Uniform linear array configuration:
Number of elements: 32
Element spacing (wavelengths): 0.75
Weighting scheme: cosine
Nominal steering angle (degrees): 15
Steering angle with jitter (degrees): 16.771
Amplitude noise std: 0.05
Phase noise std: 0.05

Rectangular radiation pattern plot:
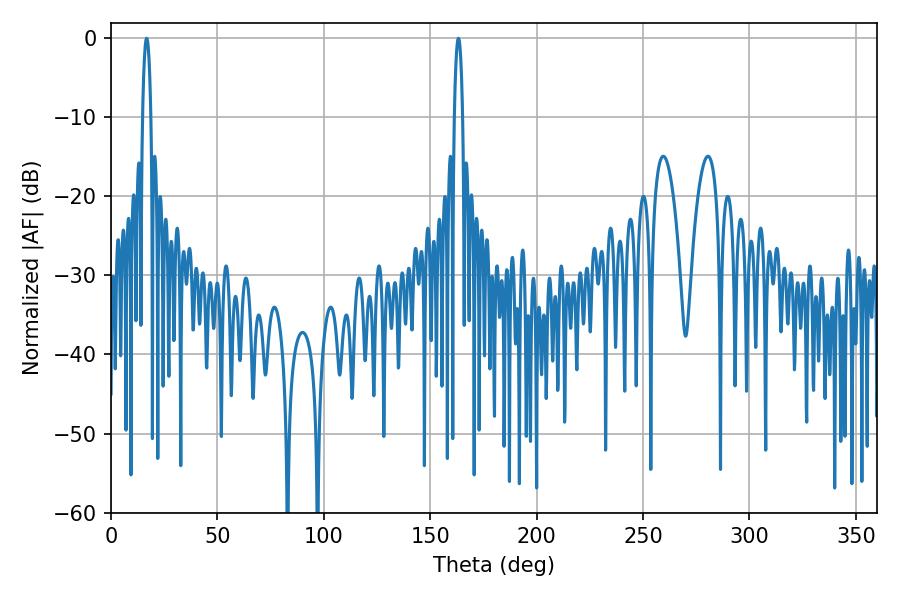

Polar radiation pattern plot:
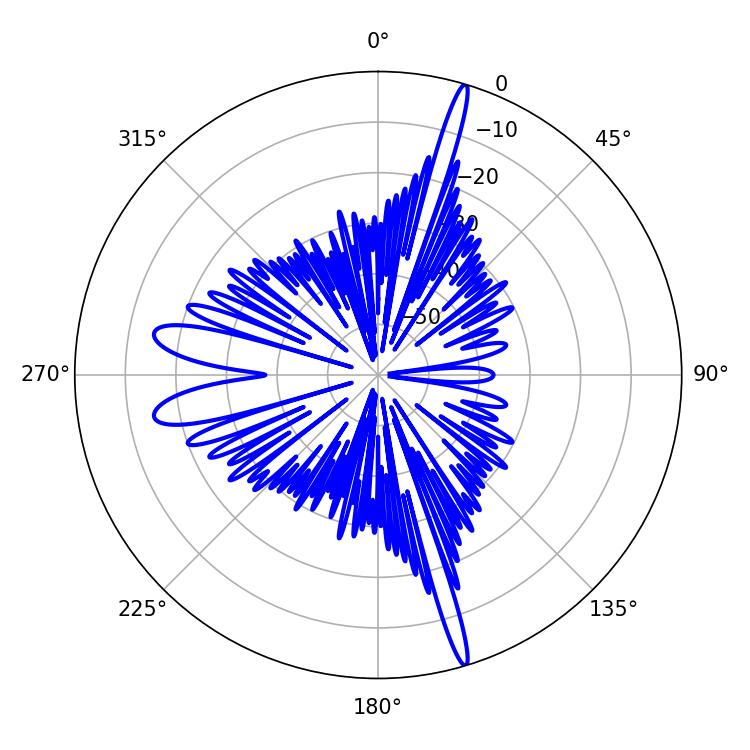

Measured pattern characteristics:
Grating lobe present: TRUE
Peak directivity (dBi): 21.037
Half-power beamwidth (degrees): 2.16
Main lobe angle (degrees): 16.74